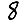
Digit: 8